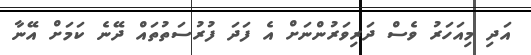
އަދި މިއަހަރު ވެސް ދަރިވަރުންނަށް އެ ފަދަ ފުރުސަތުތައް ދޭނެ ކަމަށް އޭނާ